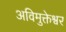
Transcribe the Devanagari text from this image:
अविमुक्तेश्वर